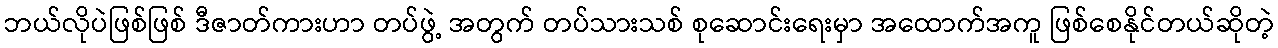
ဘယ်လိုပဲဖြစ်ဖြစ် ဒီဇာတ်ကားဟာ တပ်ဖွဲ့ အတွက် တပ်သားသစ် စုဆောင်းရေးမှာ အထောက်အကူ ဖြစ်စေနိုင်တယ်ဆိုတဲ့